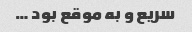
سریع و به موقع بود …